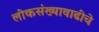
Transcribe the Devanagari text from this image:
लोकसंख्यावाढीचे